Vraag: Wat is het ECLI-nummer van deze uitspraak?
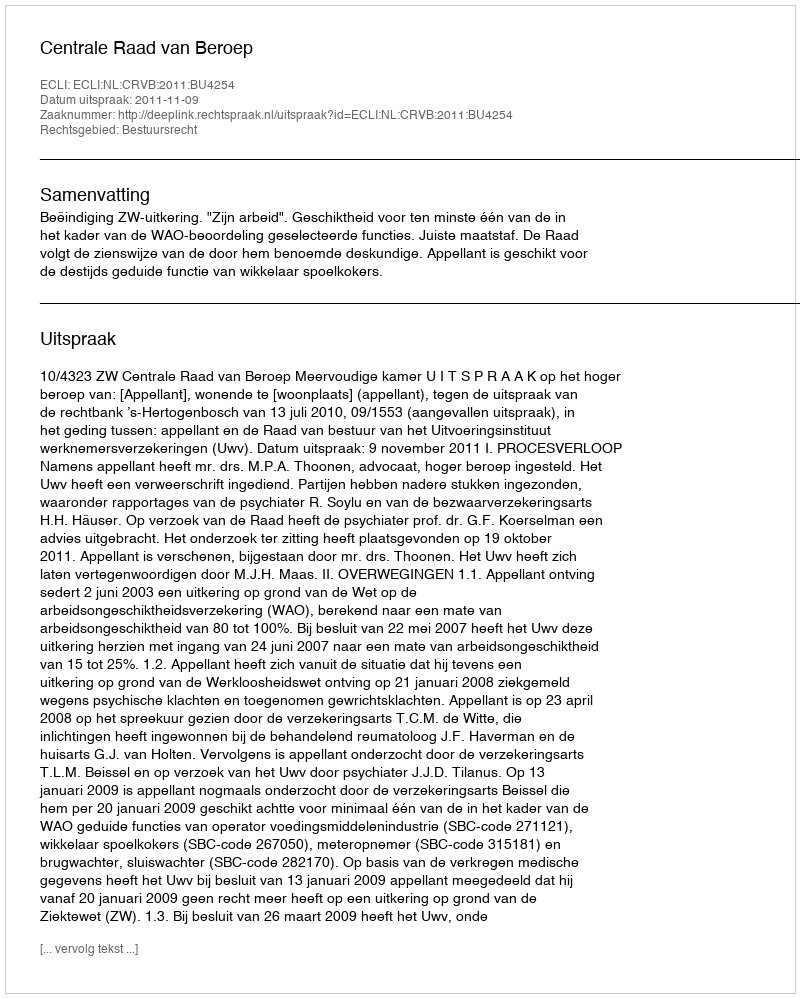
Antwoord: ECLI:NL:CRVB:2011:BU4254